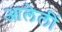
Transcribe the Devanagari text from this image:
आलेलीं